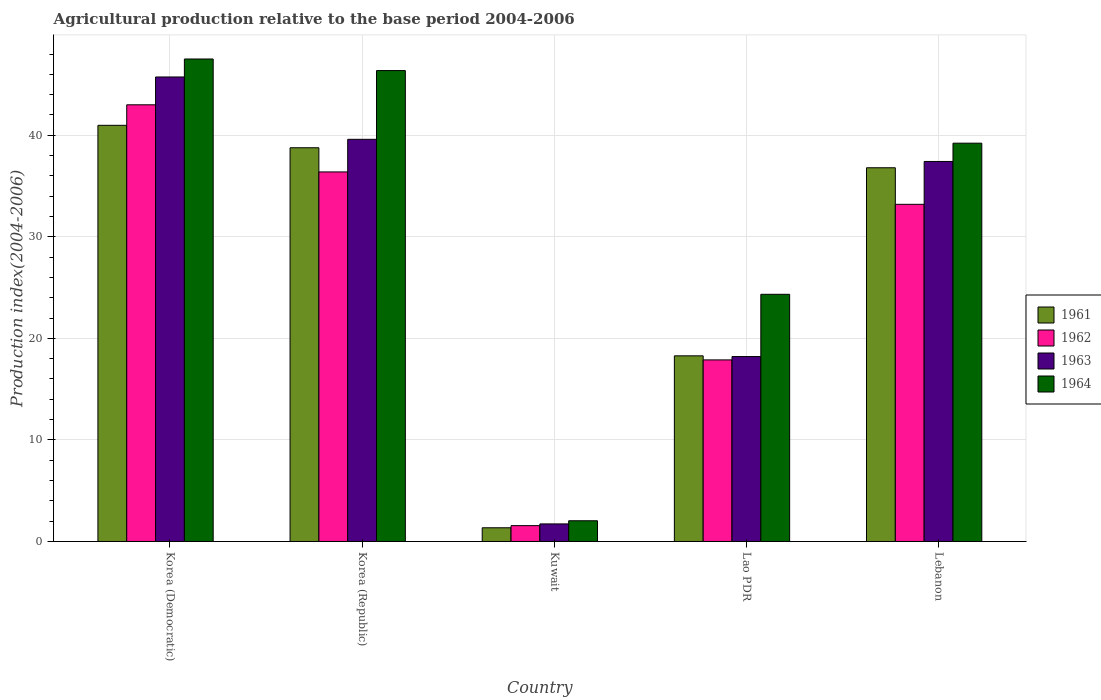
| Country | 1961 | 1962 | 1963 | 1964 |
 | --- | --- | --- | --- | --- |
 | Korea (Democratic) | 41 | 43 | 45.7 | 47.5 |
 | Korea (Republic) | 38.8 | 36.4 | 39.6 | 46.4 |
 | Kuwait | 1.35 | 1.56 | 1.73 | 2.04 |
 | Lao PDR | 18.3 | 17.9 | 18.2 | 24.3 |
 | Lebanon | 36.8 | 33.2 | 37.4 | 39.2 |